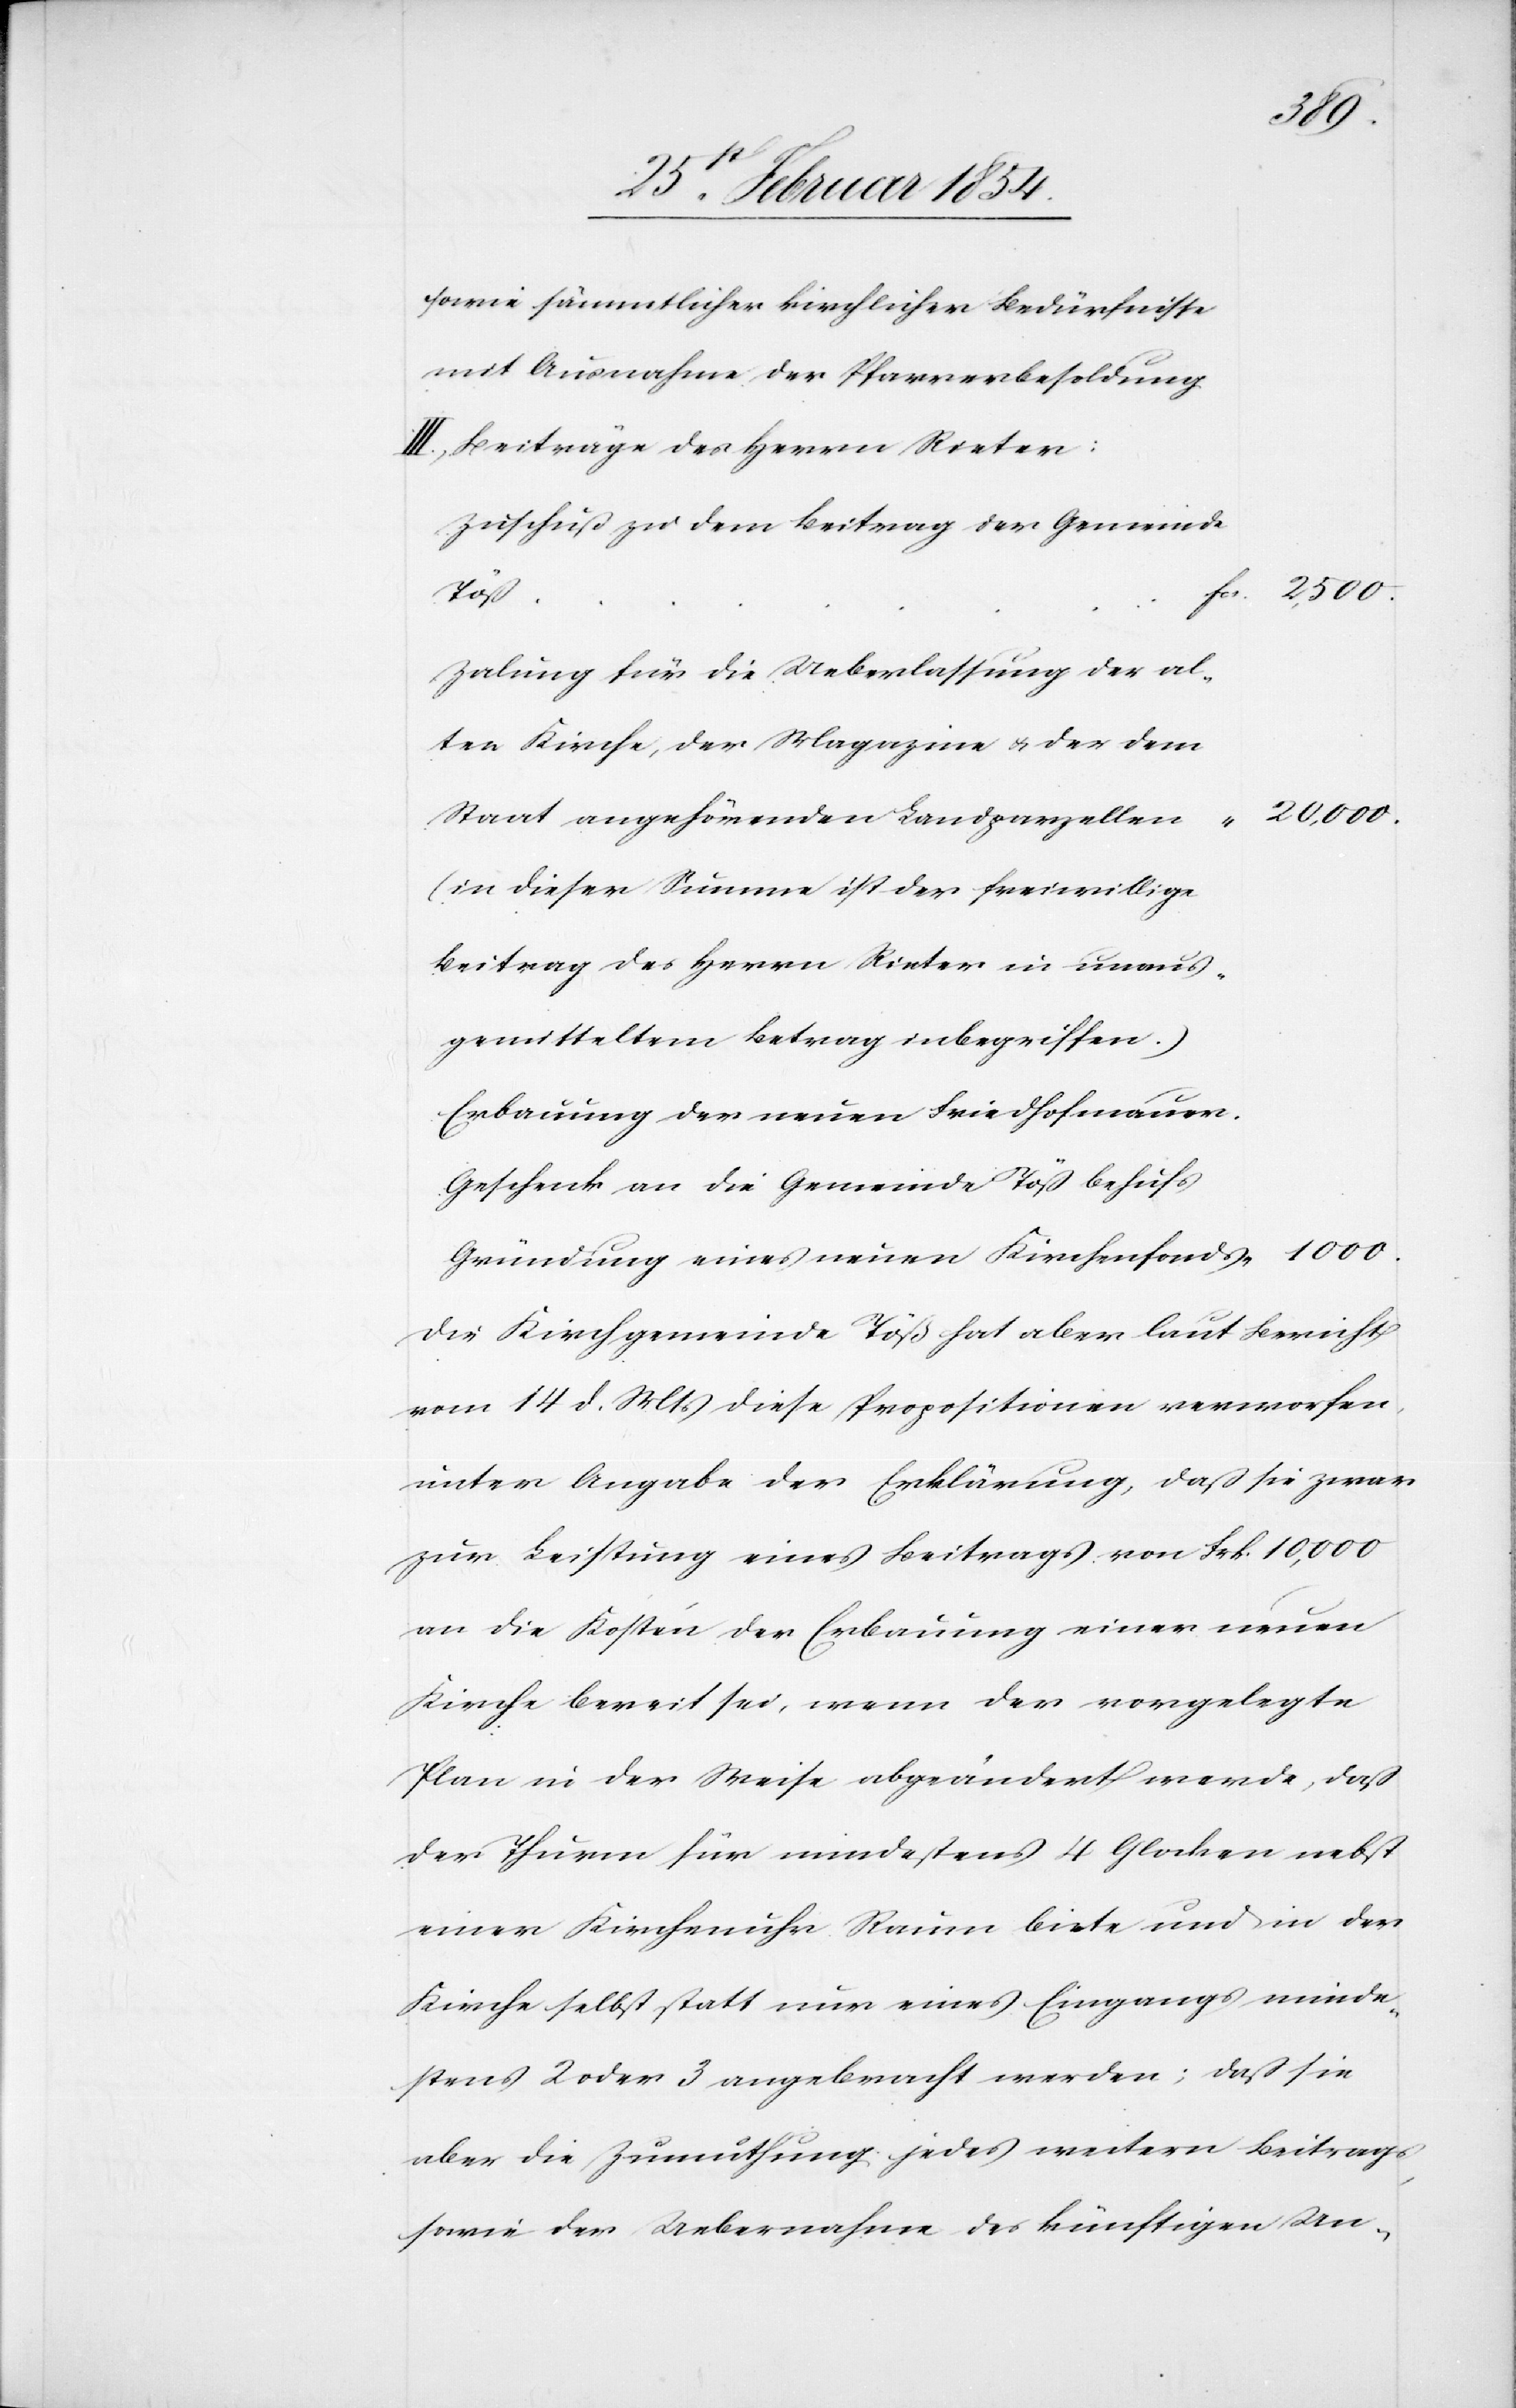
1000.
sowie sämmtlicher kirchlichen Bedürfnisse
mit Ausnahme der Pfarrerbesoldung
III., Beiträge des Herrn Rieter:
Zuschuß zu dem Beitrag der Gemeinde
Töß
Zalung für die Ueberlassung der al¬
ten Kirche, der Magazine u. der dem
20, 000.
Staat angehörenden Landparzellen
„
(in dieser Summe ist der freiwillige
Beitrag des Herrn Rieter in unaus¬
gemitteltem Betrag inbegriffen.)
Erbauung der neuen Friedhofmauer.
Geschenk an die Gemeinde Töß behufs
Gründung eines neuen Kirchenfonds
Die Kirchgemeinde Töß hat aber laut Bericht
vom 14 d. Mts diese Propositionen verworfen,
unter Angabe der Erklärung, daß sie zwar
zur Leistung eines Beitrags von Frk. 10, 000
an die Kosten der Erbauung einer neuen
Kirche bereit sei, wenn der vorgelegte
Plan in der Weise abgeändert werde, daß
der Thurm für mindestens 4 Glocken nebst
einer Kirchenuhr Raum biete und in der
Kirche selbst statt nur eines Eingangs minde¬
stens 2 oder 3 angebracht werden; daß sie
aber die Zumuthung jedes weitern Beitrags,
sowie der Uebernahme des künftigen Un-